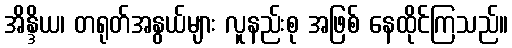
အိန္ဒိယ၊ တရုတ်အနွယ်များ လူနည်းစု အဖြစ် နေထိုင်ကြသည်။